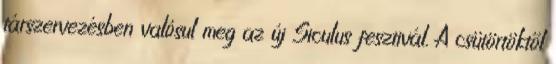
társzervezésben valósul meg az új Siculus fesztivál. A csütörtöktől